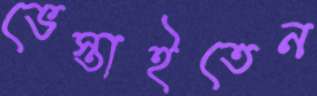
ভেস্তাইতেন